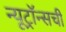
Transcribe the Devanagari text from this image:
न्यूट्रॉन्सची